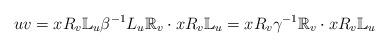
LaTeX: \begin{align*}uv=xR_v\mathbb{L}_u\beta^{-1}L_u\mathbb{R}_v\cdot xR_v\mathbb{L}_u=xR_v\gamma^{-1}\mathbb{R}_v\cdot xR_v\mathbb{L}_u\end{align*}